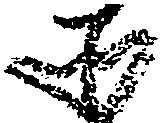
そ